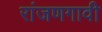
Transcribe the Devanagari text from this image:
रांजणगावी